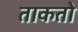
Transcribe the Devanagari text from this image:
ताकतो